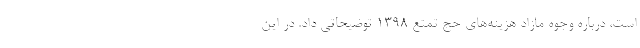
است، درباره وجوه مازاد هزینه‌های حج تمتع ۱۳۹۸ توضیحاتی داد. در این